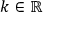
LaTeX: k \in \mathbb { R }